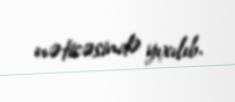
nəticəsində yıxılıb.